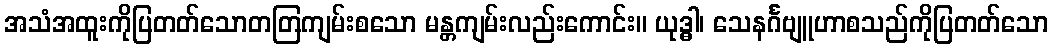
အသံအထူးကိုပြတတ်သောတတြကျမ်းစသော မန္တကျမ်းလည်းကောင်း။ ယုဒ္ဓါ၊ သေနင်္ဂဗျူဟာစသည်ကိုပြတတ်သော